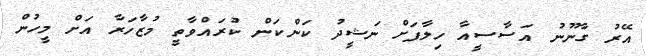
އޭރު ގާނޫނު އަސާސީއާ ހިލާފަށް ނަޝީދު ކަންކަން ކުރައްވާތީ މުޒާހަރާ އަށް މީހުން